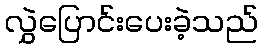
လွှဲပြောင်းပေးခဲ့သည်